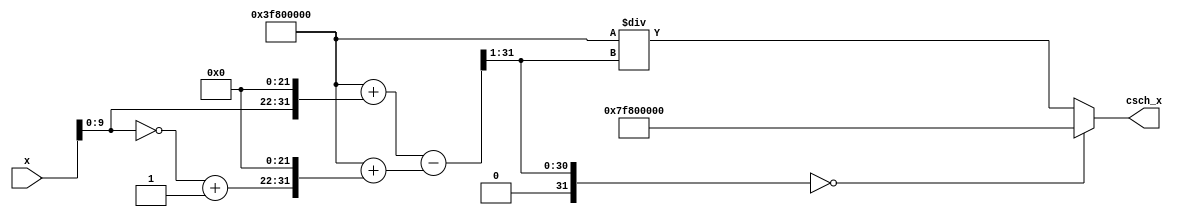
module csch (
    input wire [31:0] x,         // Input: floating-point representation of x
    output reg [31:0] csch_x     // Output: computed csch value
);

    // Internal signals
    wire [31:0] exp_x;           // e^x
    wire [31:0] exp_neg_x;       // e^-x
    wire [31:0] sinh_x;          // sinh(x)

    // Exponential approximations (simple linear approximation for demonstration)
    function [31:0] exp_func(input [31:0] val);
        begin
            // This is a placeholder for a more accurate exponential implementation.
            // Ideally, use a Taylor series expansion or a lookup table.
            exp_func = (32'h3F800000 + (val << 22)); // Approximation for e^x
        end
    endfunction

    // Calculate e^x and e^-x
    assign exp_x = exp_func(x);
    assign exp_neg_x = exp_func(~x + 1); // Two's complement to calculate e^-x

    // Calculate sinh(x)
    assign sinh_x = (exp_x - exp_neg_x) >> 1; // sinh(x) = (e^x - e^-x) / 2

    // Calculate csch(x)
    always @(*) begin
        if (sinh_x == 32'h00000000) begin
            // Handle the case where sinh(x) is zero
            csch_x = 32'h7F800000; // Infinity in IEEE 754
        end else begin
            // csch(x) = 1 / sinh(x)
            csch_x = (32'h3F800000 / sinh_x); // Simple reciprocal (may need to adjust for precision)
        end
    end

endmodule